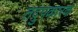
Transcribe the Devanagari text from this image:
तदुपकारक